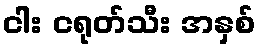
ငါး ငရုတ်သီး အနှစ်